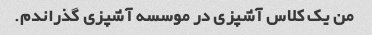
من یک کلاس آشپزی در موسسه آشپزی گذراندم.